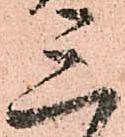
三